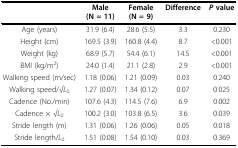
|  | Male (N = 11) | Female (N = 9) | Difference | P value |
 | --- | --- | --- | --- | --- |
 | Age (years) | 31.9 (6.4) | 28.6 (5.5) | 3.3 | 0.230 |
 | Height (cm) | 169.5 (3.9) | 160.8 (4.4) | 8.7 | <0.001 |
 | Weight (kg) | 68.9 (5.7) | 54.4 (6.1) | 14.5 | <0.001 |
 | BMI (kg/m2) | 24.0 (1.4) | 21.1 (2.8) | 2.9 | <0.001 |
 | Walking speed (m/sec) | 1.18 (0.06) | 1.21 (0.09) | 0.03 | 0.240 |
 | Walking speed/√L0 | 1.27 (0.07) | 1.34 (0.12) | 0.07 | 0.025 |
 | Cadence (No./min) | 107.6 (4.3) | 114.5 (7.6) | 6.9 | 0.002 |
 | Cadence × √L0 | 100.2 (3.0) | 103.8 (6.5) | 3.6 | 0.039 |
 | Stride length (m) | 1.31 (0.06) | 1.26 (0.06) | 0.05 | 0.018 |
 | Stride length/L0 | 1.51 (0.08) | 1.54 (0.10) | 0.03 | 0.369 |